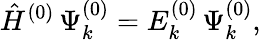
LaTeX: \hat{H}^{(0)}\, \Psi_{k}^{(0)}=E_{k}^{(0)}\, \Psi_{k}^{(0)},